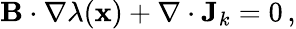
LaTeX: \begin{array}{r}{\textbf{B}\cdot\nabla\lambda(\textbf{x})+\nabla\cdot\textbf{J}_{k}=0\, ,}\end{array}